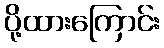
ပို့ထားကြောင်း